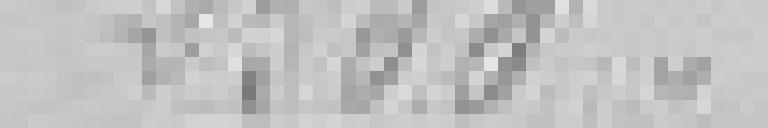
2 500